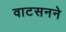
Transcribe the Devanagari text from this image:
वाटसनने